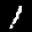
Label: 1